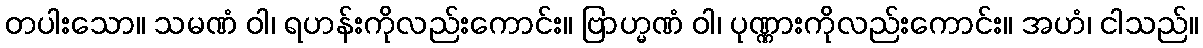
တပါးသော။ သမဏံ ဝါ၊ ရဟန်းကိုလည်းကောင်း။ ဗြာဟ္မဏံ ဝါ၊ ပုဏ္ဏားကိုလည်းကောင်း။ အဟံ၊ ငါသည်။